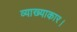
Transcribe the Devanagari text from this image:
व्याख्याकार।